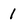
Character: 1